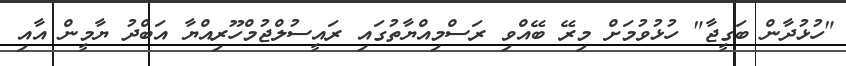
"ހުޅުދާން ބަގީޖާ" ހުޅުވުމަށް މިރޭ ބޭއްވި ރަސްމިއްޔާތުގައި ރައީސުލްޖުމްހޫރިއްޔާ އަބްދު ޔާމީން އާއި